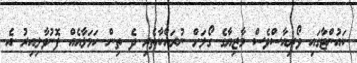
ކައުންޓާގައި ވޯރިއާސްވެސް މާޒިޔާގެ ގޯލަށް ނުރައްކާތެރި ދެ ތިން ހަމަލާއެއް ފޮނުވާލިއިރު އެ